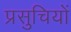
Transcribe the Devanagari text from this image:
प्रसुचियों